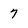
Character: 7